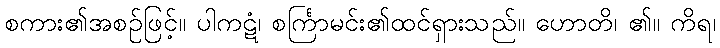
စကား၏အစဉ်ဖြင့်။ ပါကဋံ၊ စင်္ကြာမင်း၏ထင်ရှားသည်။ ဟောတိ၊ ၏။ ကိရ၊